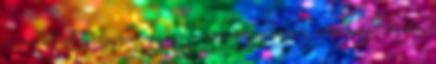
is mentést tudjunk végezni, amennyiben a sors úgy hozná,